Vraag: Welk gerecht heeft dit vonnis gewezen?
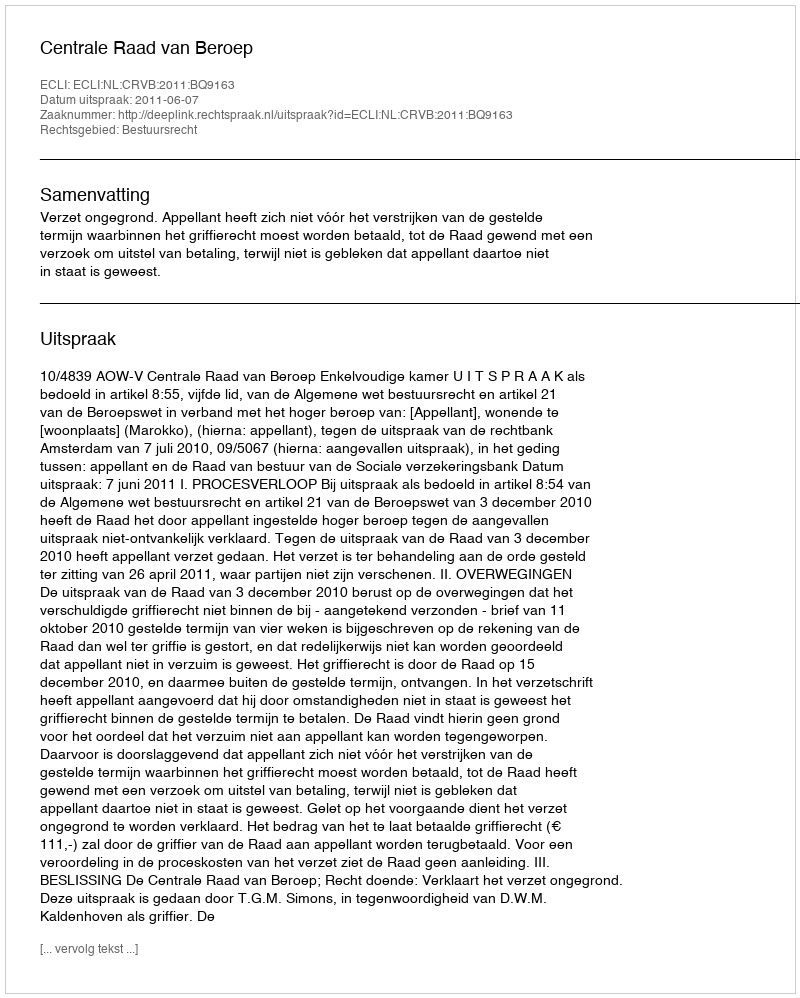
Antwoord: Centrale Raad van Beroep